Report of the Indian Hemp Drugs Commission, 1894-1895 - Volume VI
Year: 1894
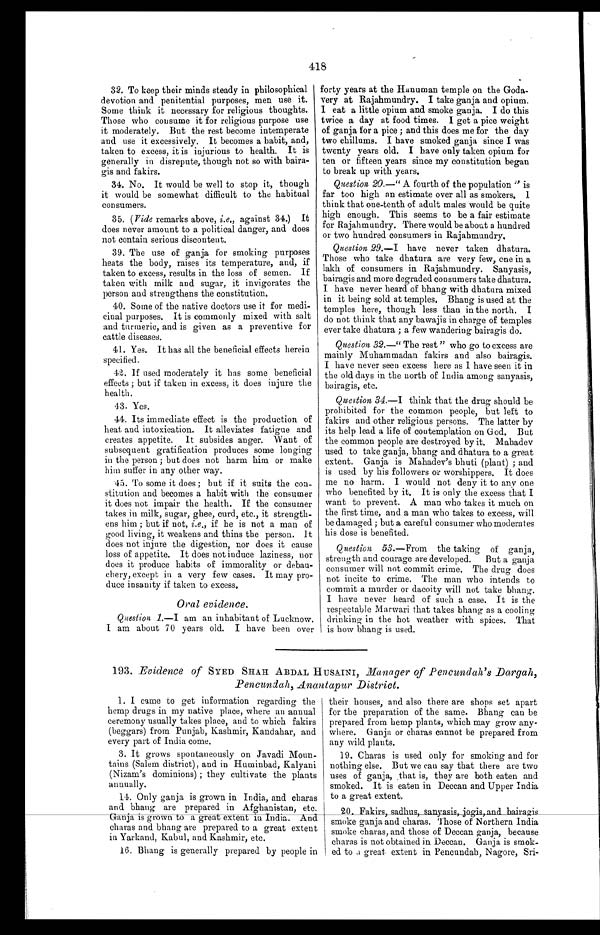
418
32. To keep their minds steady in philosophical
devotion and penitential purposes, men use it.
Some think it necessary for religious thoughts.
Those who consume it for religious purpose use
it moderately. But the rest become intemperate
and use it excessively. It becomes a habit, and,
taken to excess, it is injurious to health. It is
generally in disrepute, though not so with baira-
gis and fakirs.
34. No. It would be well to stop it, though
it would be somewhat difficult to the habitual
consumers.
35. (Vide remarks above, i.e., against 34.) It
does never amount to a political danger, and does
not contain serious discontent.
39. The use of ganja for smoking purposes
heats the body, raises its temperature, and, if
taken to excess, results in the loss of semen. If
taken with milk and sugar, it invigorates the
person and strengthens the constitution.
40. Some of the native doctors use it for medi-
cinal purposes. It is commonly mixed with salt
and turmeric, and is given as a preventive for
cattle diseases.
41. Yes. It has all the beneficial effects herein
specified.
42. If used moderately it has some beneficial
effects; but if taken in excess, it does injure the
health.
43. Yes.
44. Its immediate effect is the production of
heat and intoxication. It alleviates fatigue and
creates appetite. It subsides anger. Want of
subsequent gratification produces some longing
in the person; but does not harm him or make
him suffer in any other way.
45. To some it does; but if it suits the con-
stitution and becomes a habit with the consumer
it does not impair the health. If the consumer
takes in milk, sugar, ghee, curd, etc., it strength-
ens him; but if not, i.e., if he is not a man of
good living, it weakens and thins the person. It
does not injure the digestion, nor does it cause
loss of appetite. It does not induce laziness, nor
does it produce habits of immorality or debau-
chery, except in a very few cases. It may pro-
duce insanity if taken to excess.
Oral evidence.
Question 1.—I am an inhabitant of Lucknow.
I am about 70 years old. I have been over
forty years at the Hanuman temple on the Goda-
very at Rajahmundry. I take ganja and opium.
I eat a little opium and smoke ganja. I do this
twice a day at food times. I get a pice weight
of ganja for a pice; and this does me for the day
two chillums. I have smoked ganja since I was
twenty years old. I have only taken opium for
ten or fifteen years since my constitution began
to break up with years.
Question 20. —"A fourth of the population" is
far too high an estimate over all as smokers. I
think that one-tenth of adult males would be quite
high enough. This seems to be a fair estimate
for Rajahmundry. There would be about a hundred
or two hundred consumers in Rajahmundry.
Question 29. —I have never taken dhatura.
Those who take dhatura are very few, one in a
lakh of consumers in Rajahmundry. Sanyasis,
bairagis and more degraded consumers take dhatura.
I have never heard of bhang with dhatura mixed
in it being sold at temples. Bhang is used at the
temples here, though less than in the north. I
do not think that any bawajis in charge of temples
ever take dhatura; a few wandering bairagis do.
Question 32. —"The rest" who go to excess are
mainly Muhammadan fakirs and also bairagis.
I have never seen excess here as I have seen it in
the old days in the north of India among sanyasis,
bairagis, etc.
Question 34.—I think that the drug should be
prohibited for the common people, but left to
fakirs and other religious persons. The latter by
its help lead a life of contemplation on God. But
the common people are destroyed by it. Mahadev
used to take ganja, bhang and dhatura to a great
extent. Ganja is Mahadev's bhuti (plant); and
is used by his followers of worshippers. It does
me no harm. I would not deny it to any one
who benefited by it. It is only the excess that I
want to prevent. A man who takes it much on
the first time, and a man who takes to excess, will
be damaged; but a careful consumer who moderates
his dose is benefited.
Question 53.—From the taking of ganja,
strength and courage are developed. But a ganja
consumer will not commit crime. The drug does
not incite to crime. The man who intends to
commit a murder or dacoity will not take bhang.
I have never heard of such a case. It is the
respectable Marwari that takes bhang as a cooling
drinking in the hot weather with spices. That
is how bhang is used.
193. Evidence of SYED SHAH ABDAL HUSAINI, Manager of Pencundah's Dargah,
Pencundah, Anantapur District.
1. I came to get information regarding the
hemp drugs in my native place, where an annual
ceremony usually takes place, and to which fakirs
(beggars) from Punjab, Kashmir, Kandahar, and
every part of India come.
3. It grows spontaneously on Javadi Moun-
tains (Salem district), and in Huminbad, Kalyani
(Nizam's dominions); they cultivate the plants
annually.
14. Only ganja is grown in India, and charas
and bhang are prepared in Afghanistan, etc.
G a n j a i s g r o w n t o a g r e a t e x t e n t i n I n d i a . A n d
charas and bhang are prepared to a great extent
in Yarkand, Kabul, and Kashmir, etc.
16. Bhang is generally prepared by people in
their houses, and also there are shops set apart
for the preparation of the same. Bhang can be
prepared from hemp plants, which may grow any-
where. Ganja or charas cannot be prepared from
any wild plants.
19. Charas is used only for smoking and for
nothing else. But we can say that there are two
uses of ganja, that is, they are both eaten and
smoked. It is eaten in Deccan and Upper India
to a great extent.
19. Fakirs, sadhus, sanyasis, jogis, and bairagis
smoke ganja and charas. Those of Northern India
smoke charas, and those of Deccan ganja, because
charas is not obtained in Deccan. Ganja is smok
-ed to a great extent in Pencundah, Nagore, Sri-